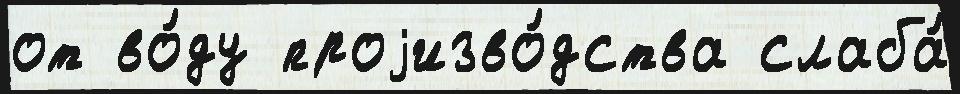
от во́ду проjизво́дства слаба́